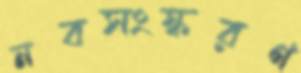
নবসংস্করণ